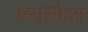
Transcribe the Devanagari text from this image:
ब्ब्सरफेस